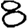
Digit: 8